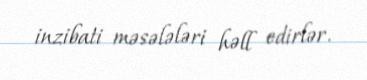
inzibati məsələləri həll edirlər.